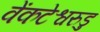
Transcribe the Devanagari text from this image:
वेंकटेश्वरुडु